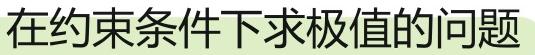
在约束条件下求极值的问题